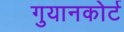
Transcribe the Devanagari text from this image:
गुयानकोर्ट